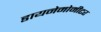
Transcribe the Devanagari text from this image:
डायनेमोमीटर